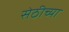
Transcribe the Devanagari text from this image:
सेठीच्या